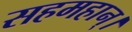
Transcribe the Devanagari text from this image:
सहमहान्।